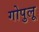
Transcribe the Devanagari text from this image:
गोपुलू